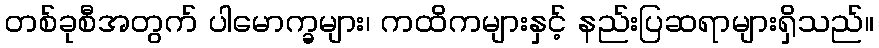
တစ်ခုစီအတွက် ပါမောက္ခများ၊ ကထိကများနှင့် နည်းပြဆရာများရှိသည်။